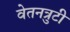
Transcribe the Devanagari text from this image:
वेतनत्रुटी